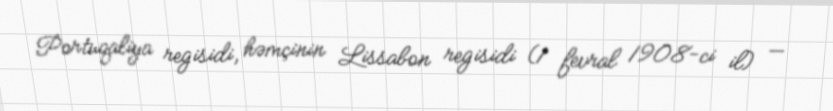
Portuqaliya regisidi, həmçinin Lissabon regisidi (1 fevral 1908-ci il) —